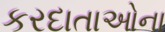
કરદાતાઓના